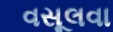
વસૂલવા